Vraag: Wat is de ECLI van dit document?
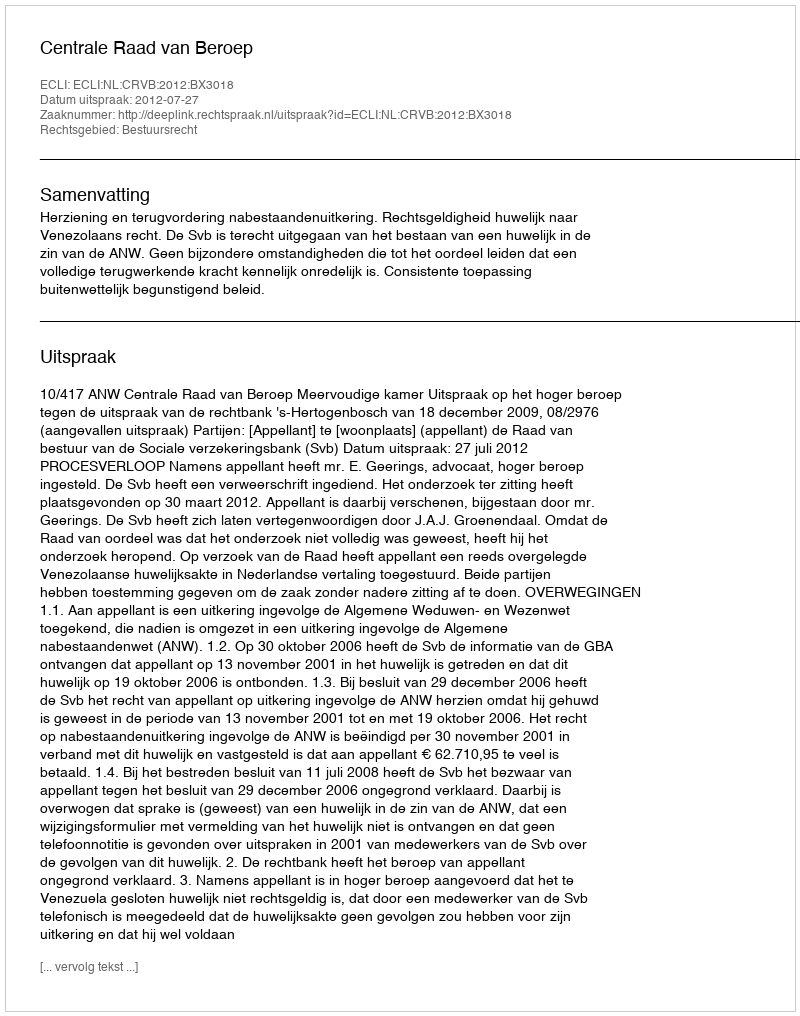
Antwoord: ECLI:NL:CRVB:2012:BX3018